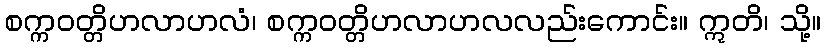
စက္ကဝတ္တိဟလာဟလံ၊ စက္ကဝတ္တိဟလာဟလလည်းကောင်း။ ဣတိ၊ သို့။